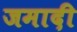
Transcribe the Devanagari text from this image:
जमादी